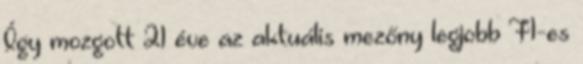
Így mozgott 21 éve az aktuális mezőny legjobb F1-es